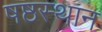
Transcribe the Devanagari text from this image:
षष्ठस्थान